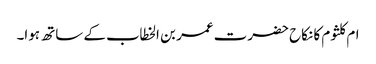
ام کلثوم کا نکاح حضرت عمر بن الخطاب کے ساتھ ہوا۔